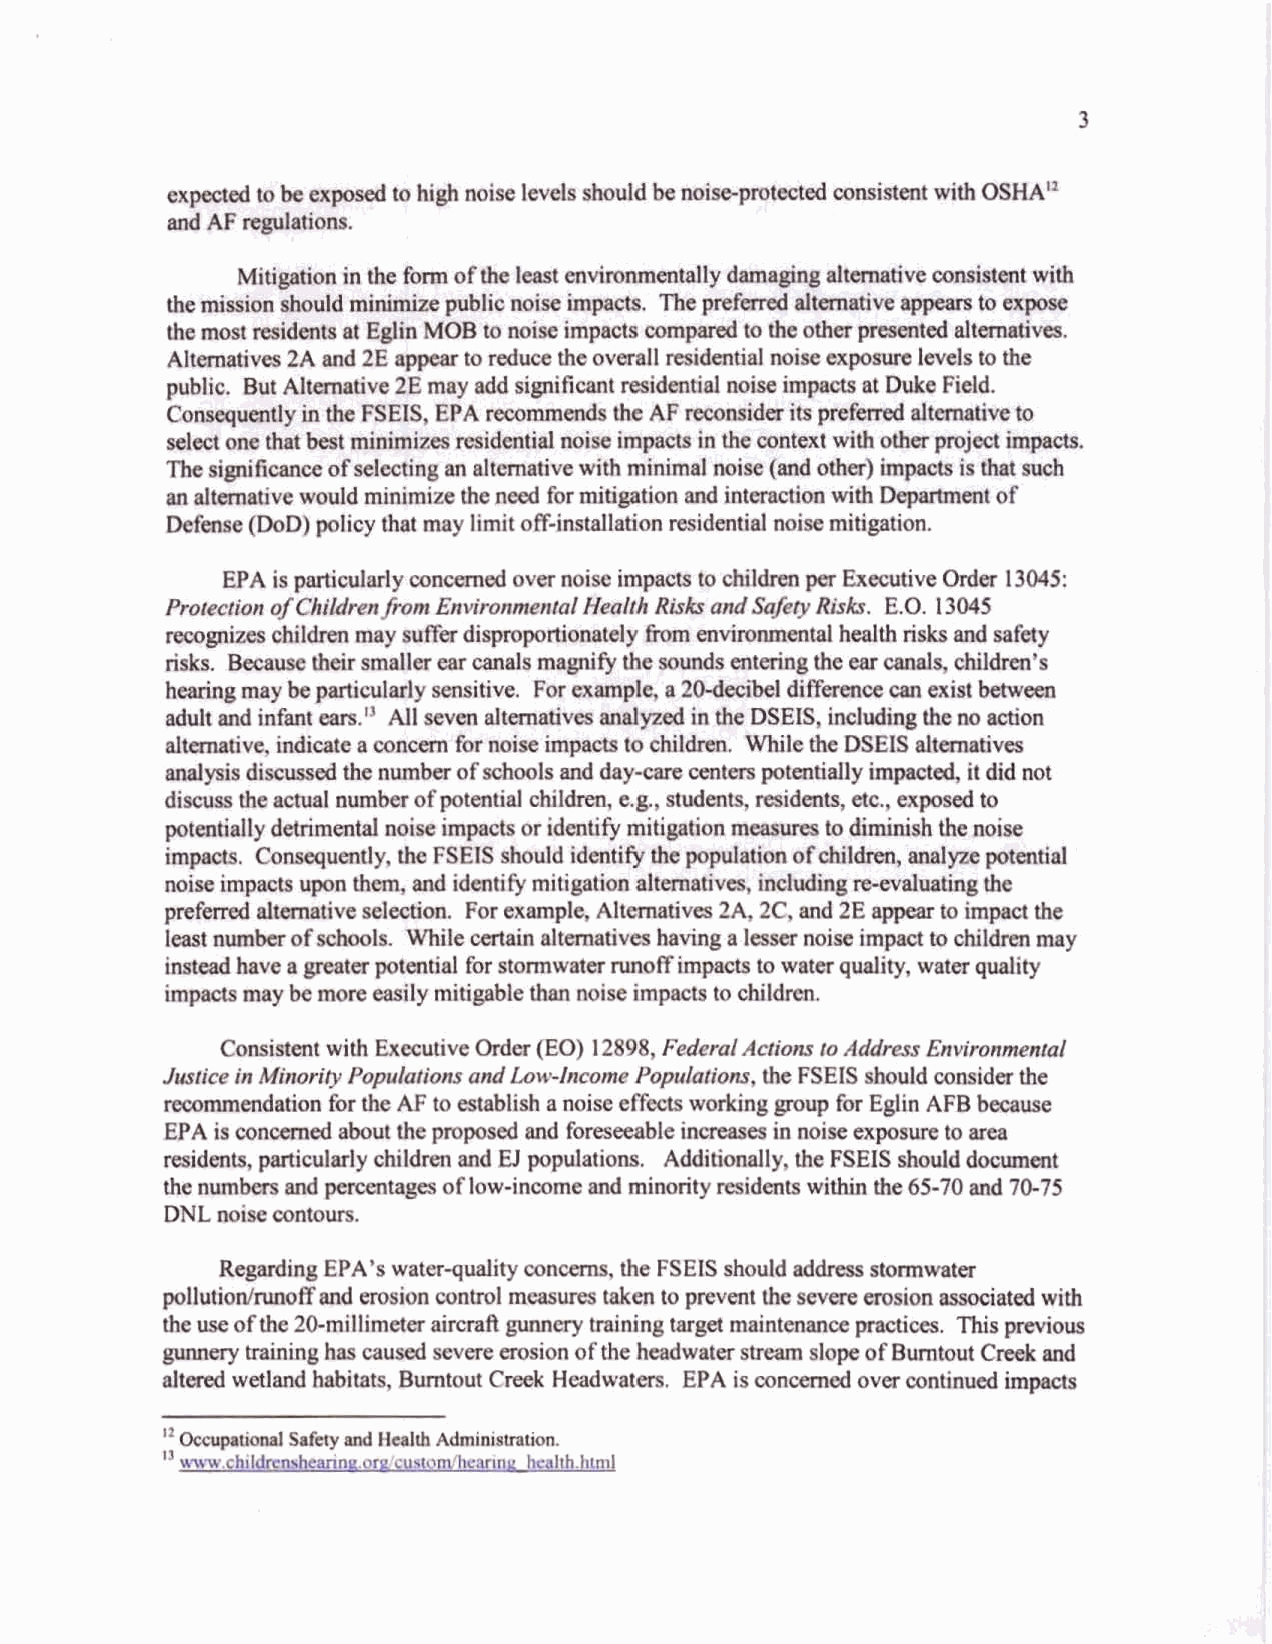
md~&dh@~fw~ncadintaodoa~Dsbslfmcatoi
 Dohue @OD) polioy tlut may limit off-hdlation resideatid noise mitigatioa
 EPA ~ p m t i ~ ~ ~ n c a n e d o v w o o i o e ~ t o c l d l d r s 1D30p45a: ~ v c ~
 Fmteeth oJCkWmnhm EMmnmm&l      Rlrk and S#k@ Risk. E.O. 13045
 ~ d r i t d r a a a w y r u f k r d i a p m p o ~ ~ ~ h c P l t h r i r k s P a d ~
 midsots, piculady child& a;d El populdons. Additionally, tho FSE& &odd dwrmOllt
 the numbas snd pmataga of low-incoma Pad minority dmtaw ithin the 65-70 aud 90-75
 DNL noise cmtoum.
 &R      EPA's waterquality concam, the FSEIS rhould rddrar saamwsta
 polluti-ff and mionc ontrol mcgMcs taken to pmwa heb c mxhd a t e dw ith
 the use of the 20-milheta aircraft gunnay tnbhg target mahtamce pnctioes. This pwiow
 lanmcntnininnbCPU3Qdsev~QOOiollofthehCPdWlSastreand~of~~d
 atasdkethd-hbhats, Bumtout acwk Haadwatns. EPA is concQodd ova continued
 "Ocap*lrmls.IaydHaWActmiahCniioP
 I3